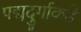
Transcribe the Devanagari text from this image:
पद्मदुर्गाकडे